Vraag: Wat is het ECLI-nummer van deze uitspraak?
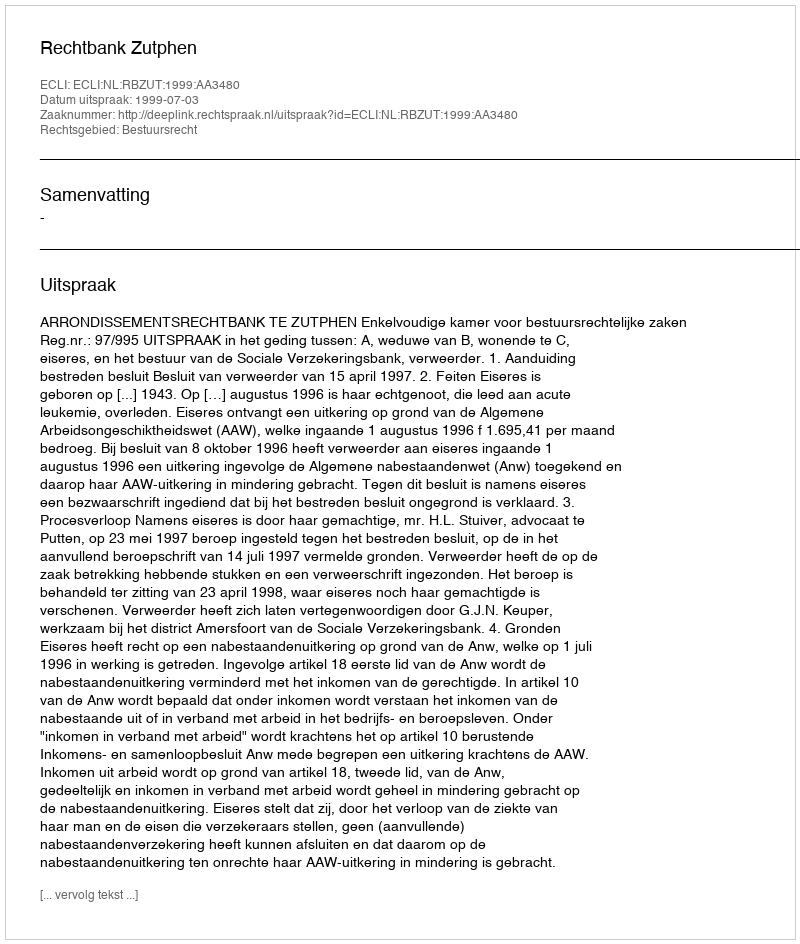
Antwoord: ECLI:NL:RBZUT:1999:AA3480